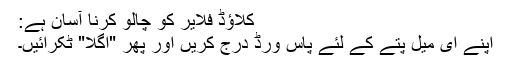
کلاؤڈ فلایر کو چالو کرنا آسان ہے:
اپنے ای میل پتے کے لئے پاس ورڈ درج کریں اور پھر "اگلا" ٹکرائیں۔